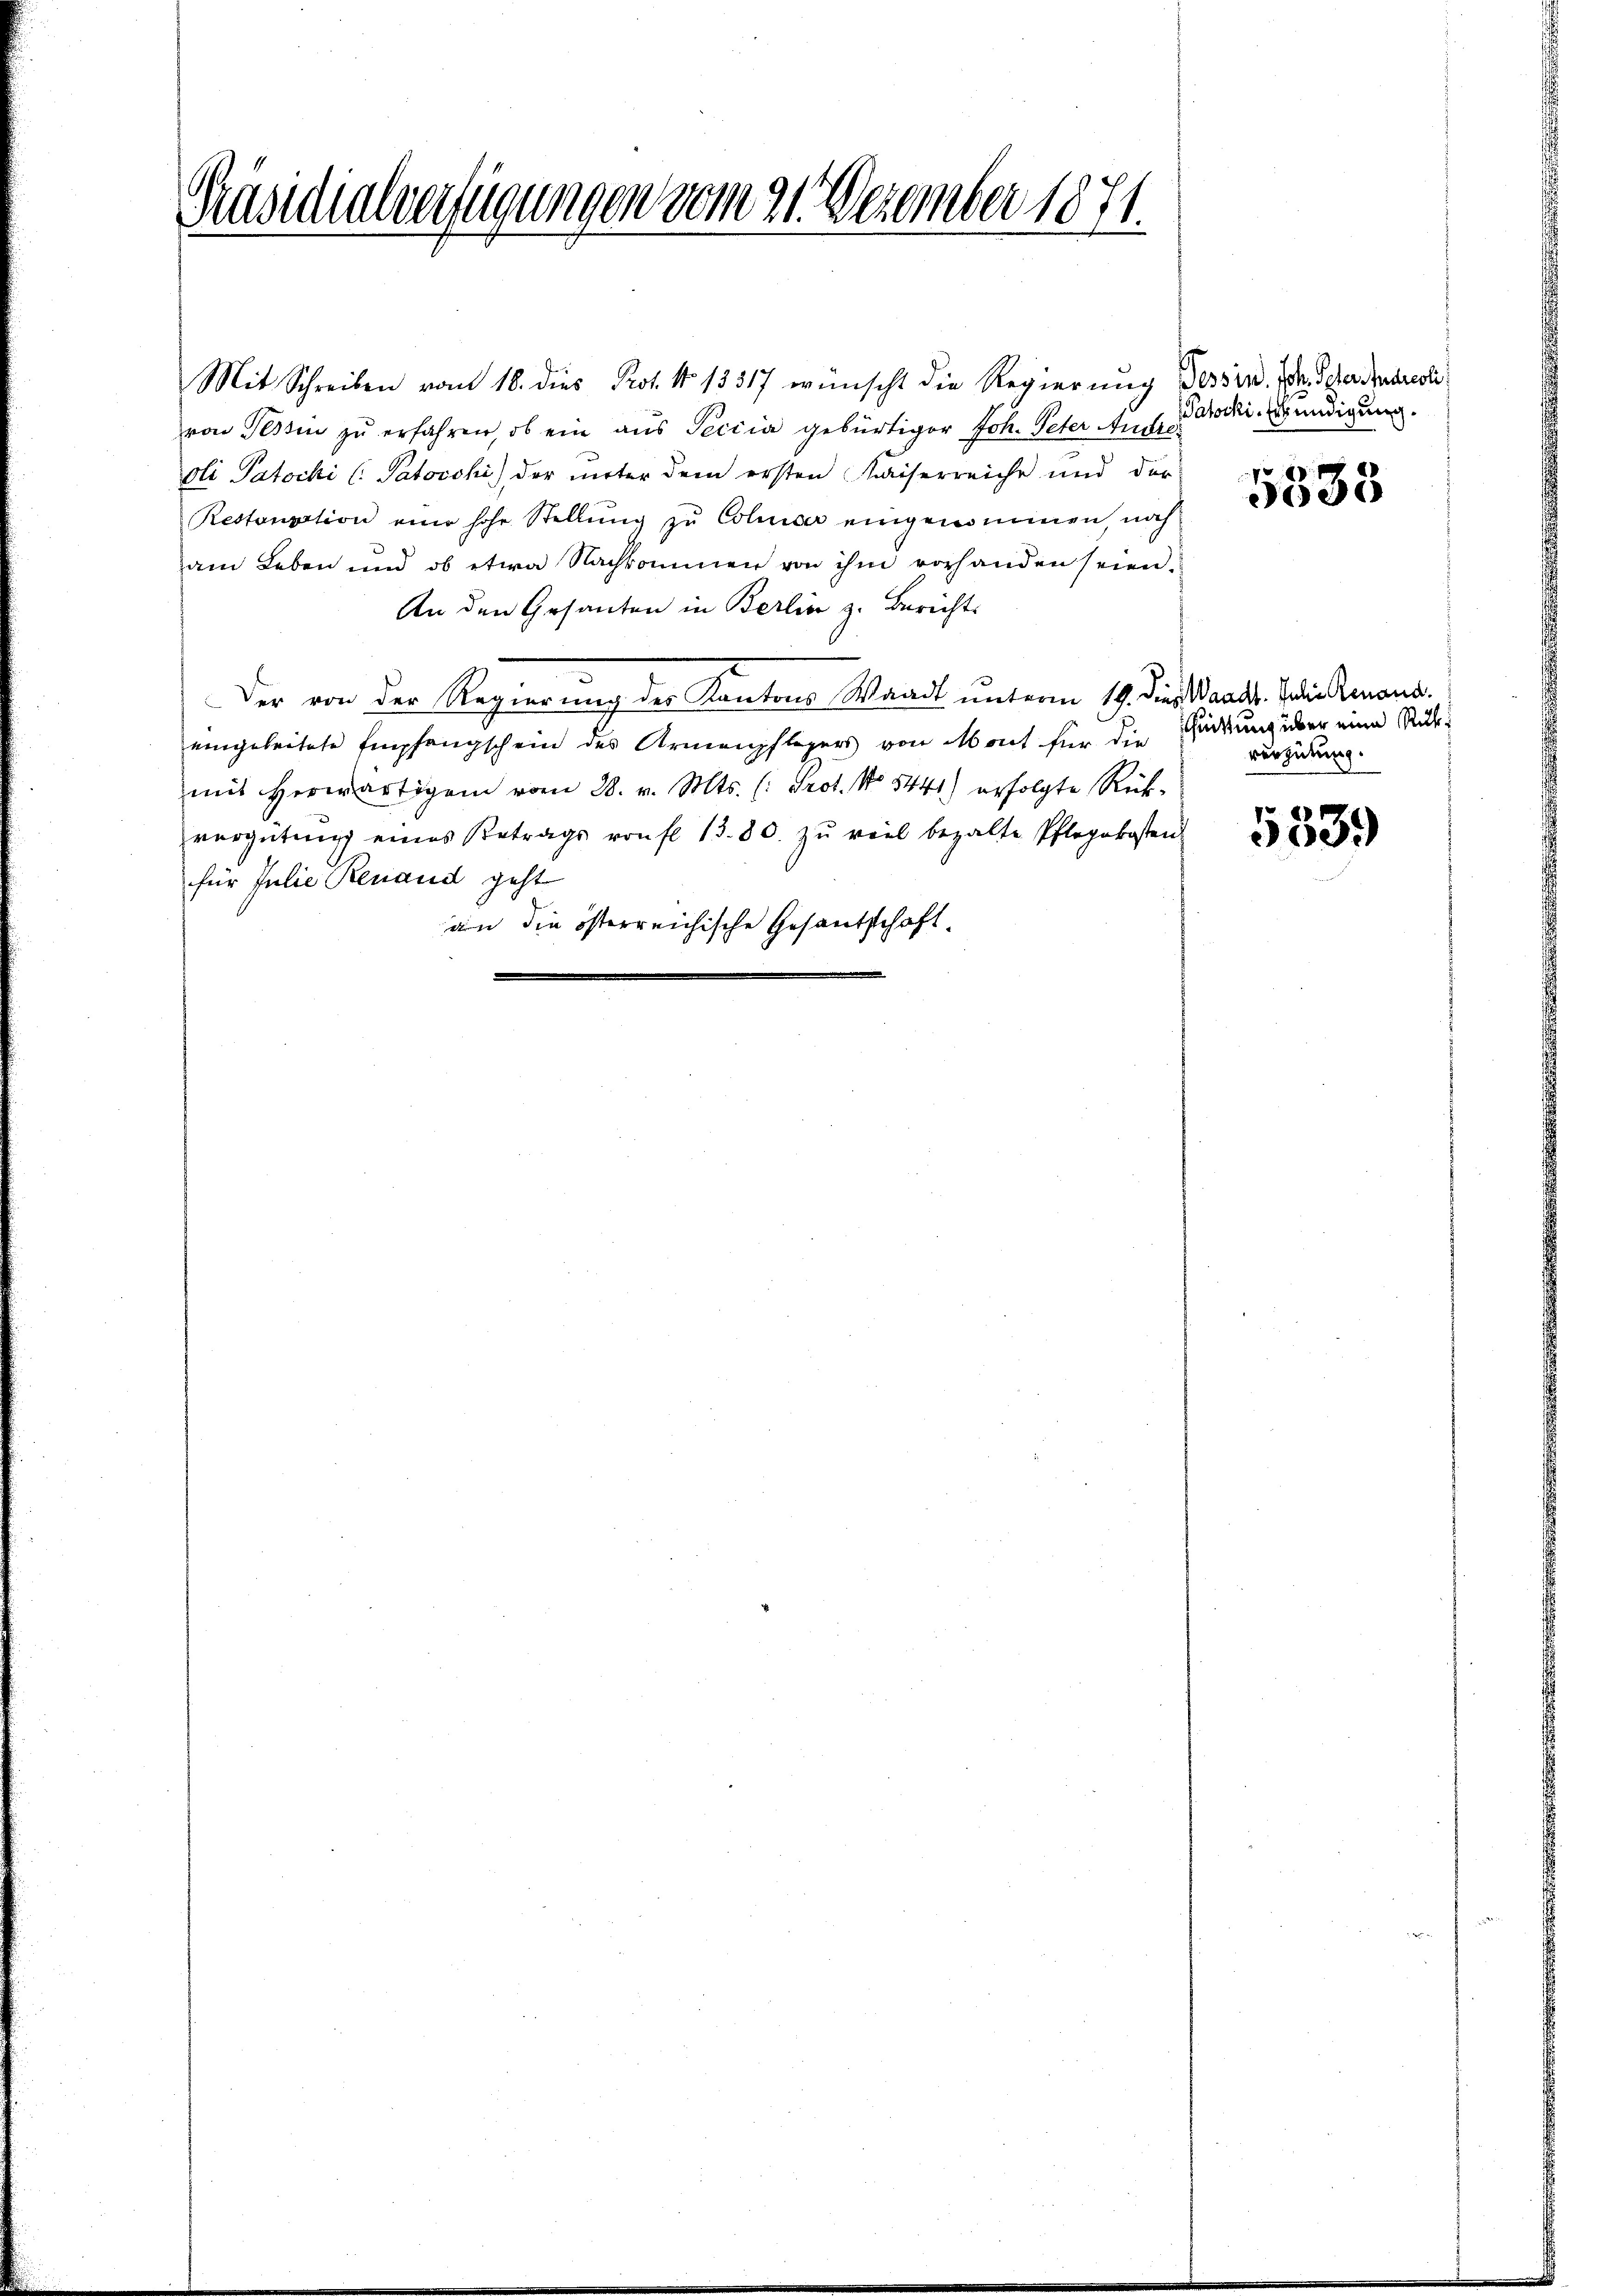
Präsidialverfügungen vom 21. Dezember 1871.

Mit Schreiben vom 18. dies Prof. No 13317 wünscht die Regierung Tessin. Dr. Scher densresti
von Tessin zu erfahren, ob ein aus Peccia gebürtiger Joh. Peter Andre
oli Patocki (Patocchi) der unter dem ersten Kaiserreiche und der
Restensation eine hohe Stellŭng zu Colmar eingenommen, noch
am Leben und ob etwa Nachkommen von ihm vorhanden seien.
An den Gesanten in Berlin z. Berichts
Der von der Regierung der Kantons Waadt unterm 19. dies Waadt. Soli mond
eingeleitete Empfangschein des Armenpflegers von Mont für die Gärung über eine Rück-
mit herwärtigem vom 28. v. Mts. (: Prot. No 5441) erfolgte Rück-
vergütung eines Betrags von fl. 13. 80. zŭ viel bezalte Pflegekosten
für Julie Renaud geht
an die österreichische Gesandschaft

Patocki-Erkundigung.

5535

vergütung.

5339